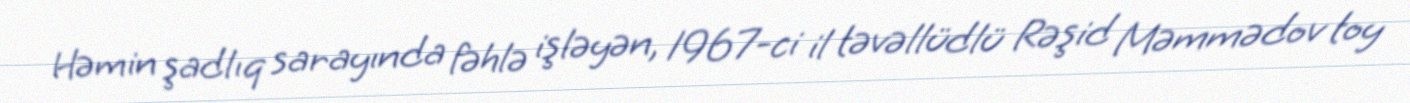
Həmin şadlıq sarayında fəhlə işləyən, 1967-ci il təvəllüdlü Rəşid Məmmədov toy